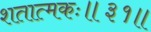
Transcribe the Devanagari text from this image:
शतात्मकः॥३१॥